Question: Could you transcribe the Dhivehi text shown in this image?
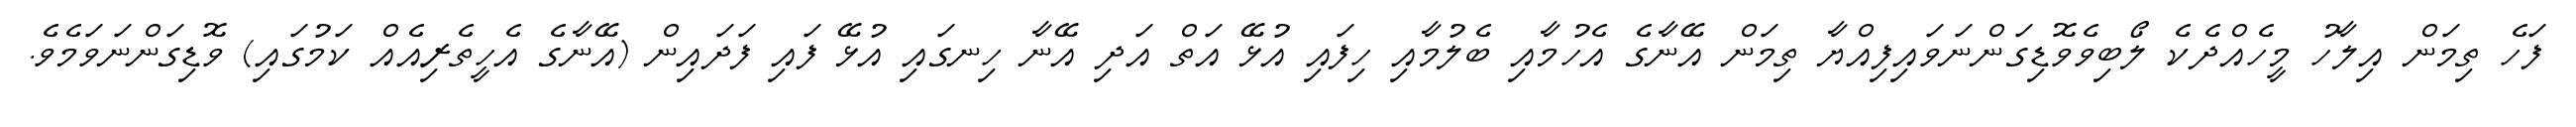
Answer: ފަހެ ތިމަން އިލާހު މީހެއްދެކެ ލޯބިވެވޮޑިގަންނަވައިފިއްޔާ ތިމަން އޭނާގެ އެހުމާއި ބެލުމާއި ހިފައި އުޅޭ އަތް އަދި އޭނާ ހިނގައި އުޅޭ ފައި ފަދައިން (އޭނާގެ އެހީތެރިއެއް ކަމުގައި) ވޮޑިގަންނަވަމެވެ.